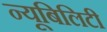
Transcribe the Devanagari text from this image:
न्यूबिलिटी